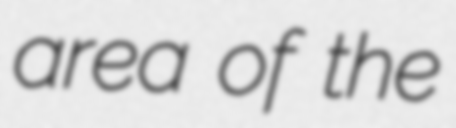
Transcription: area of the